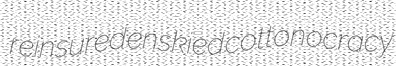
reinsured enskied cottonocracy